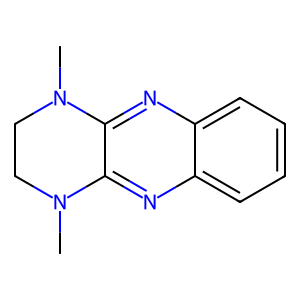
SMILES: CN1CCN(C)c2nc3ccccc3nc21
Inhibits HIV replication: No